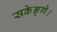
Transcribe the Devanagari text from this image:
सकेङ्गे।